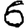
Digit: 6